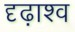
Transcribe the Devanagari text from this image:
दृढ़ाश्व